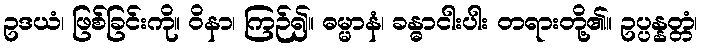
ဥဒယံ၊ ဖြစ်ခြင်းကို။ ဝိနာ၊ ကြဉ်၍။ ဓမ္မာနံ၊ ခန္ဓာငါးပါး တရားတို့၏။ ဥပ္ပန္နတ္တံ၊